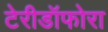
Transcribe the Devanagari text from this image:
टेरीडॉफोरा